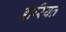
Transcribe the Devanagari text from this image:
डारियत